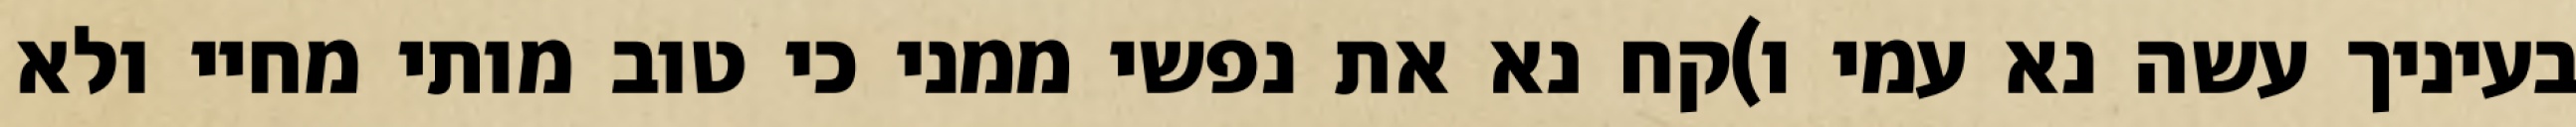
בעיניך עשה נא עמי ו)קח נא את נפשי ממני כי טוב מותי מחיי ולא